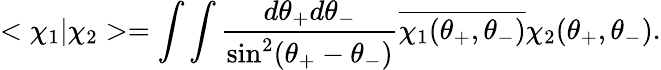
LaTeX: <\chi_{1}|\chi_{2}>=\int\int\frac{d\theta_{+}d\theta_{-}}{\sin^{2}(\theta_{+}-\theta_{-})}\overline{{{\chi_{1}(\theta_{+},\theta_{-})}}}\chi_{2}(\theta_{+},\theta_{-}).